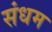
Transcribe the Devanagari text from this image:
संधम